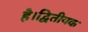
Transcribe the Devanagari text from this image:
है।द्वितीयक